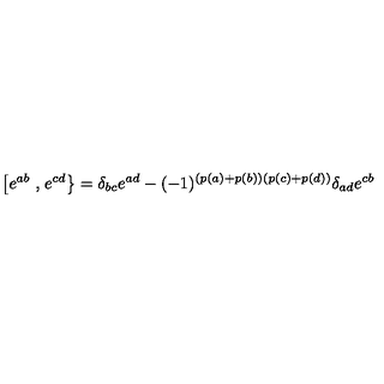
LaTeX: \left[ e ^ { a b } \right. , \left. e ^ { c d } \right\} = \delta _ { b c } e ^ { a d } - ( - 1 ) ^ { ( p ( a ) + p ( b ) ) ( p ( c ) + p ( d ) ) } \delta _ { a d } e ^ { c b }